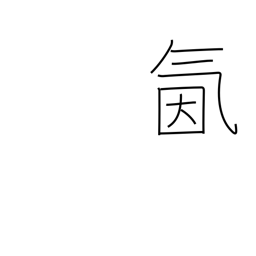
Meaning: spirited